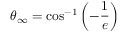
\theta _ { \infty } = \cos ^ { - 1 } \left( - { \frac { 1 } { e } } \right)